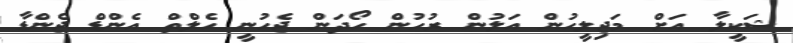
ޝަކީލާ އަށް މަޖިލީހުން އަލުން ރުހުން ހޯދަން ޖެހުނީ ހެލްތް އެންޑް ޖެންޑާ